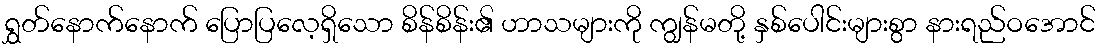
ရွှတ်နောက်နောက် ပြောပြလေ့ရှိသော စိန်စိန်း၏ ဟာသများကို ကျွန်မတို့ နှစ်ပေါင်းများစွာ နားရည်ဝအောင်